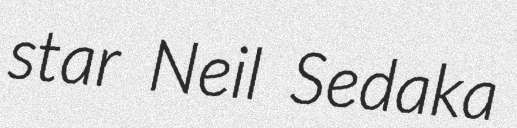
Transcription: star Neil Sedaka